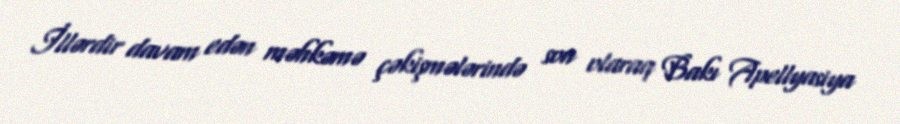
İllərdir davam edən məhkəmə çəkişmələrində son olaraq Bakı Apellyasiya